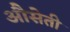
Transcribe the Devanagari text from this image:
औसेती